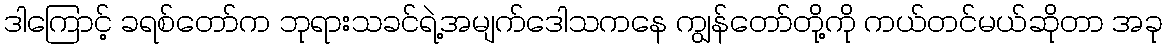
ဒါကြောင့် ခရစ်တော်က ဘုရားသခင်ရဲ့အမျက်ဒေါသကနေ ကျွန်တော်တို့ကို ကယ်တင်မယ်ဆိုတာ အခု